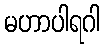
မဟာပါရဂါ